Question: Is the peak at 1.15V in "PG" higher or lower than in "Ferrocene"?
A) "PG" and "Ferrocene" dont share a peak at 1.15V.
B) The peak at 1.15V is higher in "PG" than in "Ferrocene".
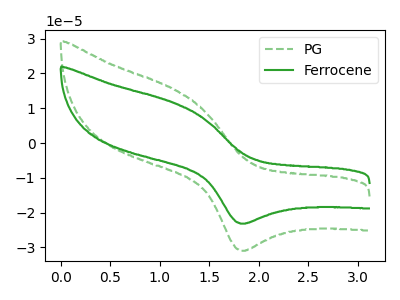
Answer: <think>The green dashed curve "PG" has an anodic peak at (1.15V, 15.30uA) and a cathodic peak at (1.85V, -30.95uA). The green curve "Ferrocene" has an anodic peak at (1.15V, 11.45uA) and a cathodic peak at (1.85V, -23.15uA).</think>
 <answer>B) The peak at 1.15V is higher in "PG" than in "Ferrocene".</answer>
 <eval>B</eval>